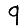
Digit: 9